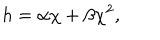
h = \alpha \chi + \beta \chi ^ { 2 } ,